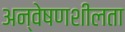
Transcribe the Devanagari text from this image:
अन्वेषणशीलता